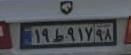
۱۹ط۹۱۷۹۸